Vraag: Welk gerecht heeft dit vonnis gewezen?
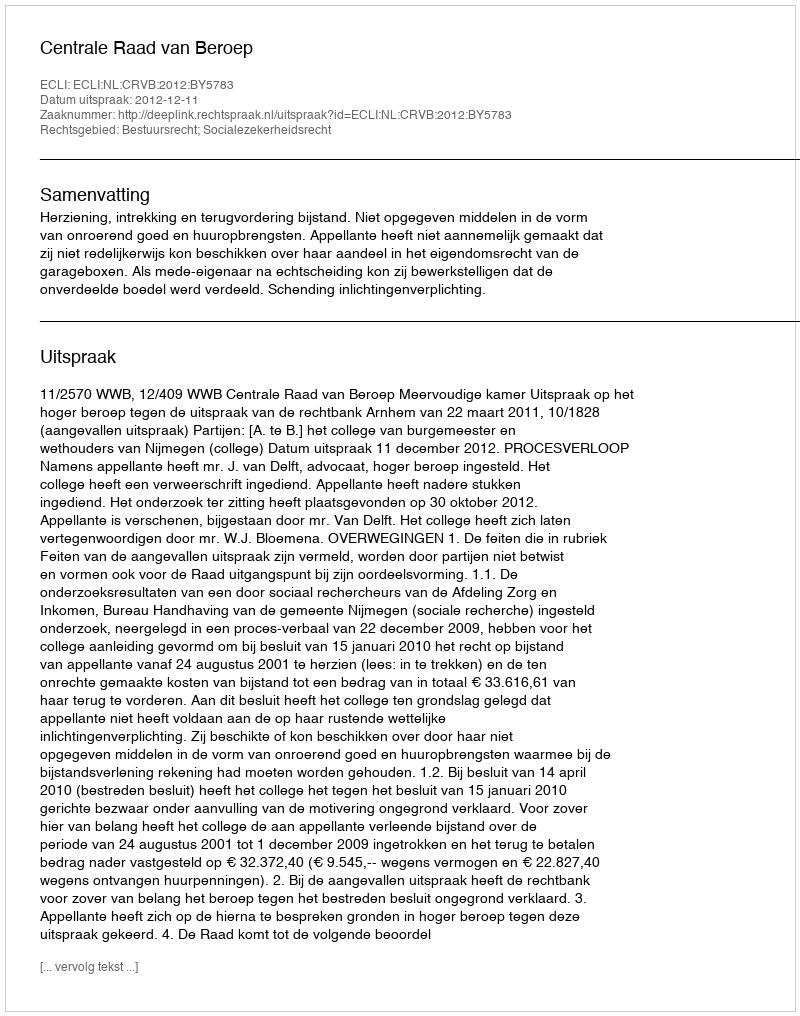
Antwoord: Centrale Raad van Beroep